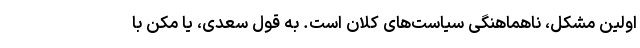
اولین مشکل، ناهماهنگی سیاست‌های کلان است. به قول سعدی، یا مکن با